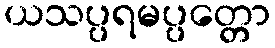
ယသပ္ပရမပ္ပတ္တော